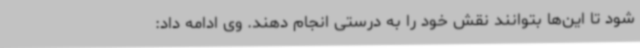
شود تا این‌ها بتوانند نقش خود را به درستی انجام دهند. وی ادامه داد: